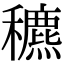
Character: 穮